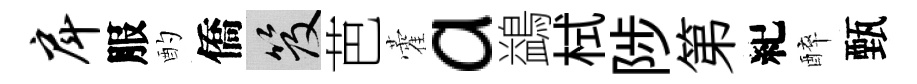
戽服酌僑笈芭藿a鷁栻陟第紀醉甄